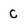
Character: C